Indian Civil Veterinary Department memoirs
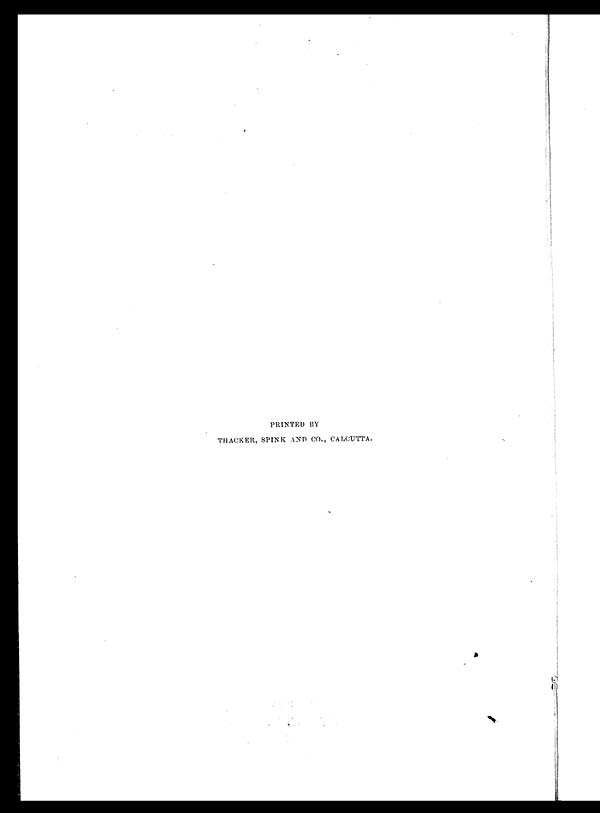
PRINTED BY
THACKER, SPINK AND CO., CALCUTTA.